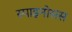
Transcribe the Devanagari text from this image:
स्पाइनोसस